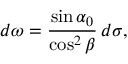
d \omega = { \frac { \sin \alpha _ { 0 } } { \cos ^ { 2 } \beta } } \, d \sigma ,